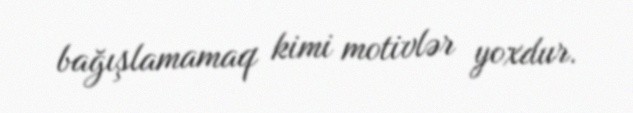
bağışlamamaq kimi motivlər yoxdur.